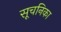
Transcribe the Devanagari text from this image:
सूचनिका